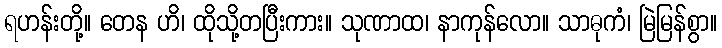
ရဟန်းတို့။ တေန ဟိ၊ ထိုသို့တပြီးကား။ သုဏာထ၊ နာကုန်လော။ သာဓုကံ၊ မြဲမြန်စွာ။